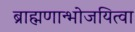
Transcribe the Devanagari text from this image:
ब्राह्मणान्भोजयित्वा